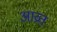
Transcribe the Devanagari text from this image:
आव्रत